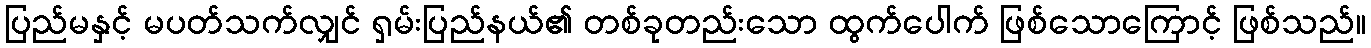
ပြည်မနှင့် မပတ်သက်လျှင် ရှမ်းပြည်နယ်၏ တစ်ခုတည်းသော ထွက်ပေါက် ဖြစ်သောကြောင့် ဖြစ်သည်။